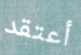
أعتقد